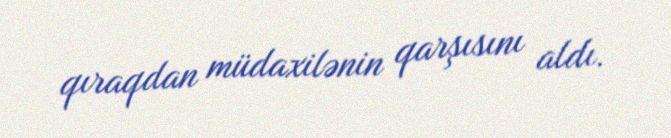
qıraqdan müdaxilənin qarşısını aldı.